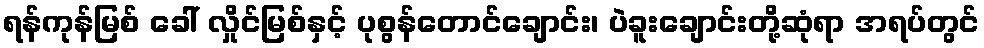
ရန်ကုန်မြစ် ခေါ် လှိုင်မြစ်နှင့် ပုစွန်တောင်ချောင်း၊ ပဲခူးချောင်းတို့ဆုံရာ အရပ်တွင်